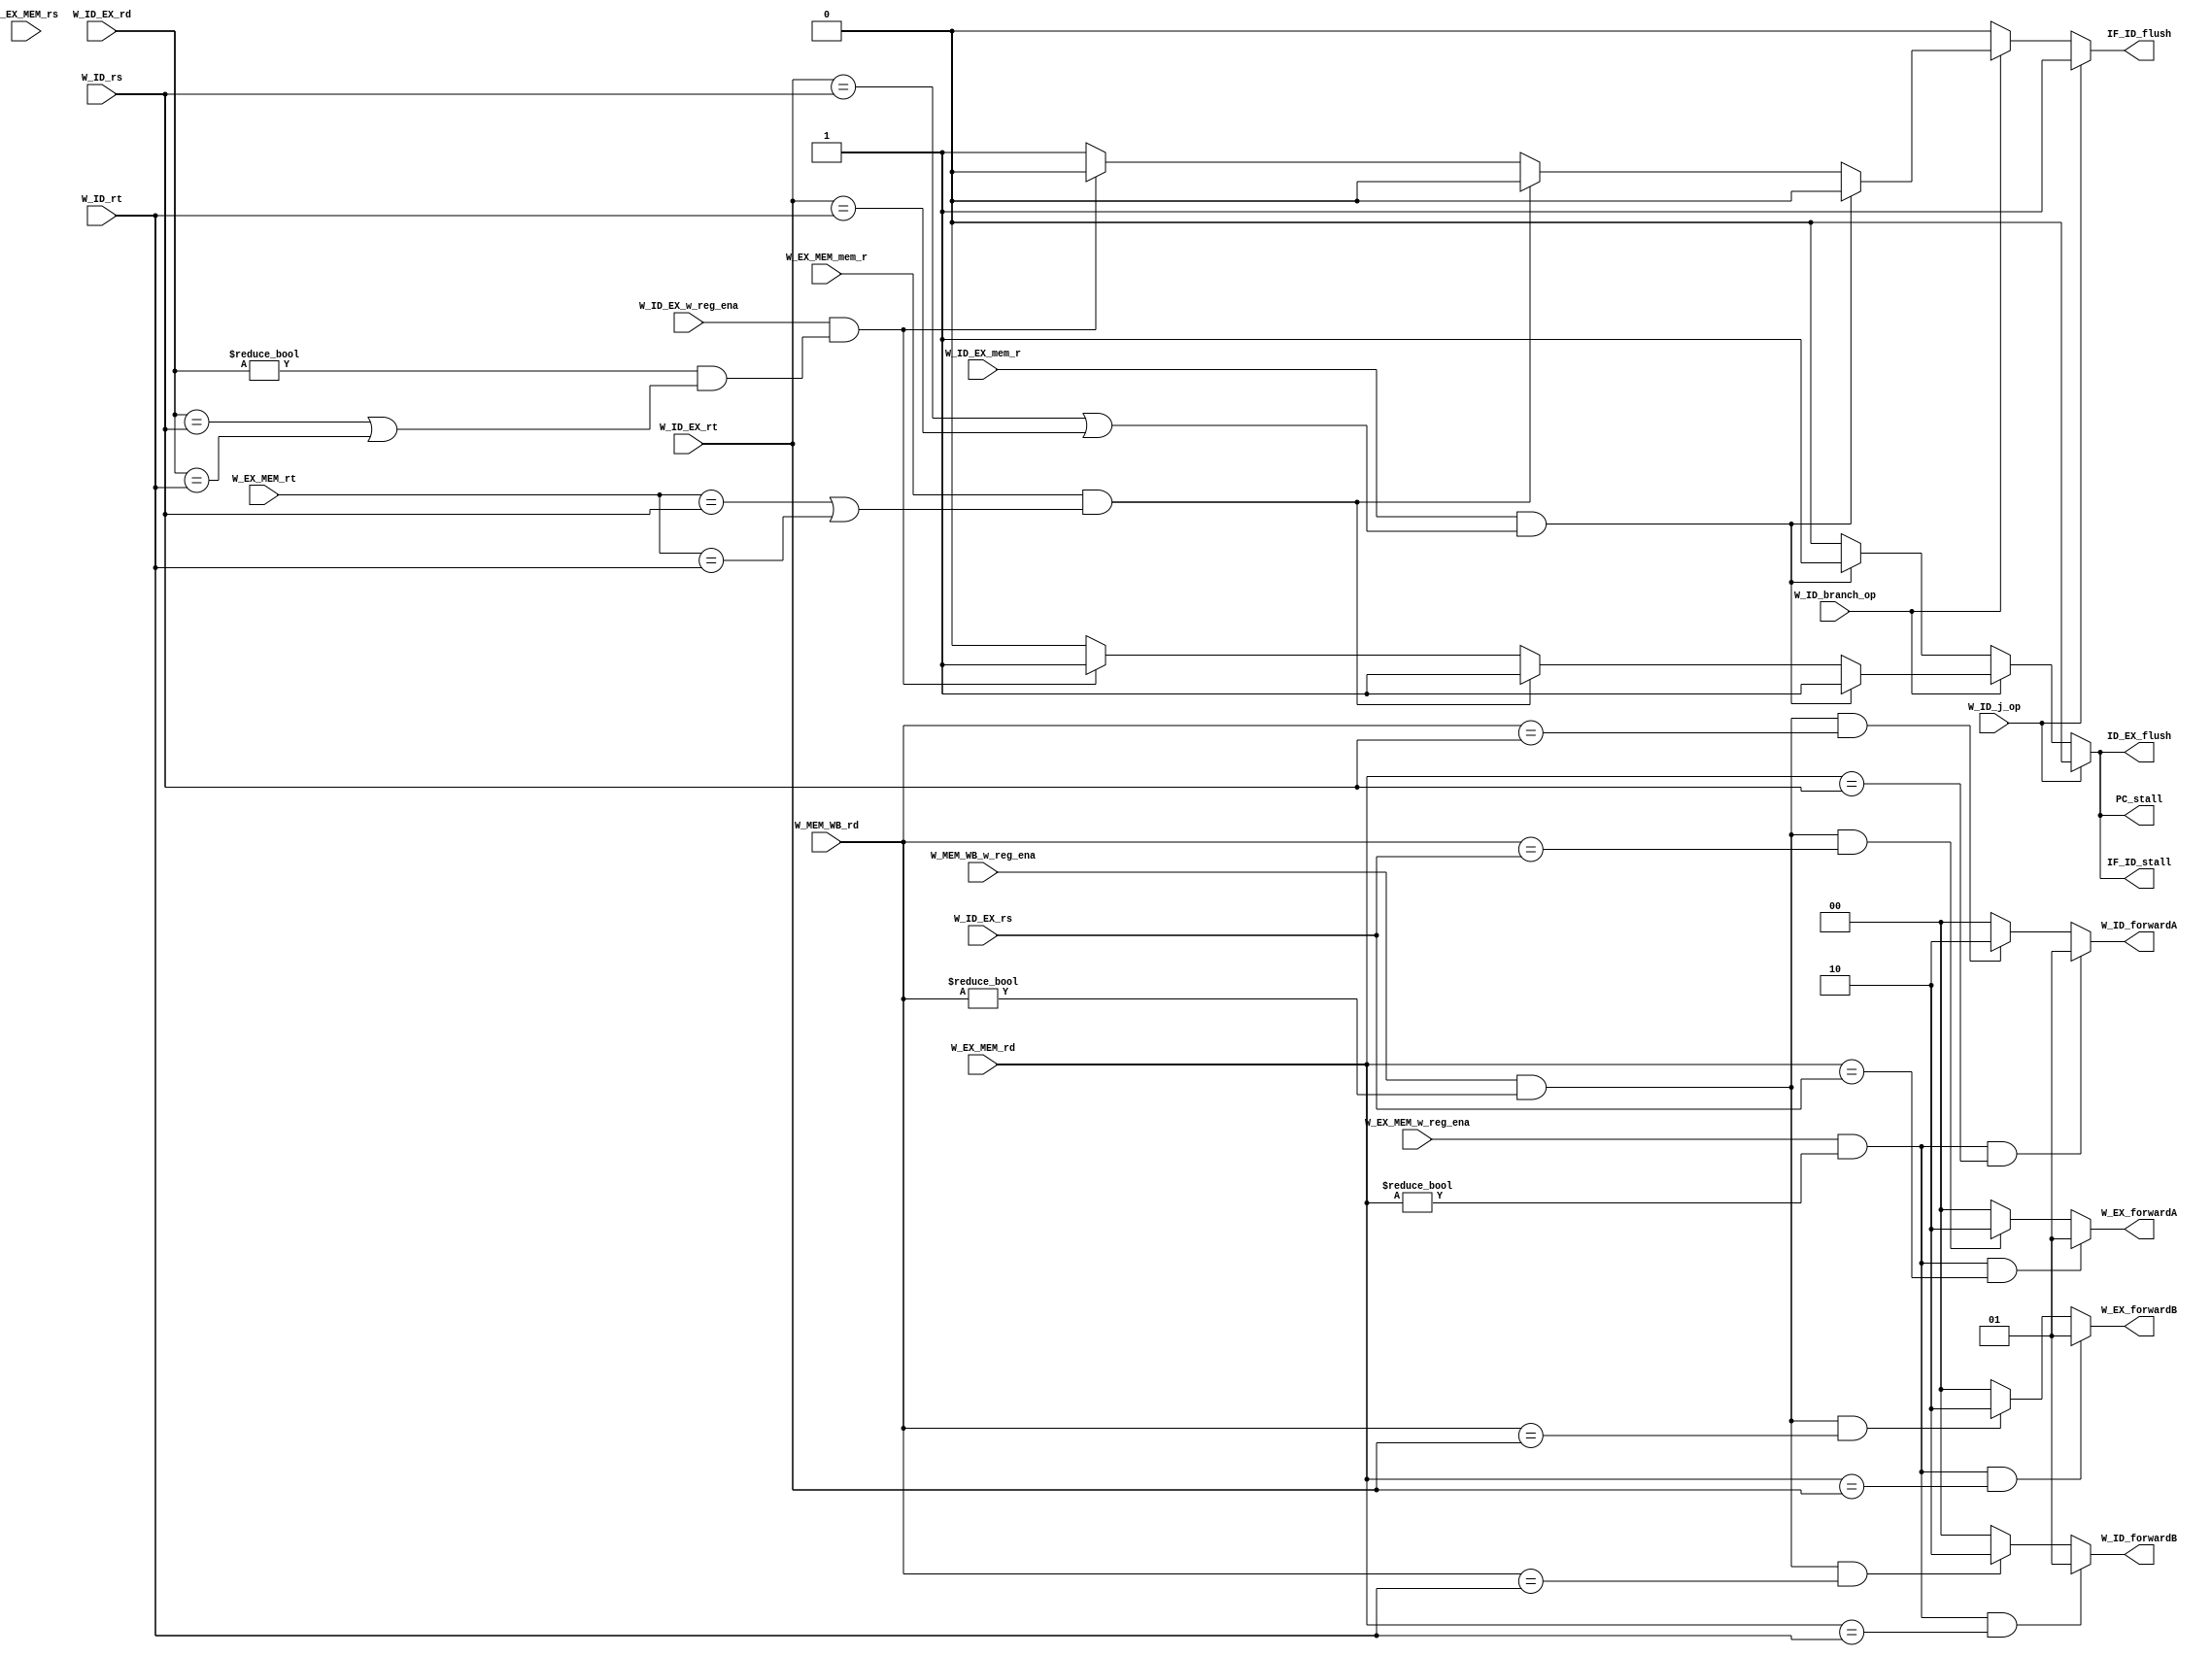
`timescale 1ns / 1ps
//////////////////////////////////////////////////////////////////////////////////
// Company: 
// Engineer: 
// 
// Design Name: 
// Module Name: Hazard
// Project Name: 
// Target Devices: 
// Tool Versions: 
// Description: 
// 
// Dependencies: 
// 
// Revision:
// Revision 0.01 - File Created
// Additional Comments:
// 
//////////////////////////////////////////////////////////////////////////////////


module Hazard(
    input   wire [4:0]  W_ID_rs,
    input   wire [4:0]  W_ID_rt,
    input   wire        W_ID_branch_op,
    input   wire        W_ID_j_op,
    input   wire        W_ID_EX_mem_r,
    input   wire        W_EX_MEM_mem_r,
    input   wire [4:0]  W_ID_EX_rt,
    input   wire [4:0]  W_ID_EX_rs,
    input   wire [4:0]  W_ID_EX_rd,
    input   wire [4:0]  W_EX_MEM_rt,
    input   wire [4:0]  W_EX_MEM_rs,
    input   wire        W_ID_EX_w_reg_ena,
    input   wire        W_EX_MEM_w_reg_ena,
    input   wire [4:0]  W_EX_MEM_rd,
    input   wire        W_MEM_WB_w_reg_ena,
    input   wire [4:0]  W_MEM_WB_rd,

    output  reg         PC_stall,
    output  reg         IF_ID_stall,
    output  reg         IF_ID_flush,
    // output wire ID_EX_stall,
    output  reg         ID_EX_flush,
    // output wire EX_MEM_stall,
    // output wire EX_MEM_flush,
    // output wire MEM_WB_stall,
    // output wire MEM_WB_flush,
    output  reg [1:0]   W_EX_forwardA,
    output  reg [1:0]   W_EX_forwardB,
    output  reg [1:0]   W_ID_forwardA,
    output  reg [1:0]   W_ID_forwardB
    );

    always @(*) begin
        W_EX_forwardA = 2'b00;
        if (W_EX_MEM_w_reg_ena && (W_EX_MEM_rd != 5'h00) && (W_EX_MEM_rd == W_ID_EX_rs)) begin
            W_EX_forwardA = 2'b01;
        end else if (W_MEM_WB_w_reg_ena && (W_MEM_WB_rd != 5'h00) && (W_MEM_WB_rd == W_ID_EX_rs)) begin
            W_EX_forwardA = 2'b10;
        end
    end

    always @(*) begin
        W_EX_forwardB = 2'b00;
        if (W_EX_MEM_w_reg_ena && (W_EX_MEM_rd != 5'h00) && (W_EX_MEM_rd == W_ID_EX_rt)) begin
            W_EX_forwardB =  2'b01;
        end else if (W_MEM_WB_w_reg_ena && (W_MEM_WB_rd != 5'h00) && (W_MEM_WB_rd == W_ID_EX_rt)) begin
            W_EX_forwardB = 2'b10;
        end
    end

    always @(*) begin
        W_ID_forwardA = 2'b00;
        if (W_EX_MEM_w_reg_ena && (W_EX_MEM_rd != 5'h00) && (W_EX_MEM_rd == W_ID_rs)) begin
            W_ID_forwardA = 2'b01;
        end else if (W_MEM_WB_w_reg_ena && (W_MEM_WB_rd != 5'h00) && (W_MEM_WB_rd == W_ID_rs)) begin
            W_ID_forwardA = 2'b10;
        end
    end

    always @(*) begin
        W_ID_forwardB = 2'b00;
        if (W_EX_MEM_w_reg_ena && (W_EX_MEM_rd != 5'h00) && (W_EX_MEM_rd == W_ID_rt)) begin
            W_ID_forwardB = 2'b01;
        end else if (W_MEM_WB_w_reg_ena && (W_MEM_WB_rd != 5'h00) && (W_MEM_WB_rd == W_ID_rt)) begin
            W_ID_forwardB = 2'b10;
        end
    end

    always @(*) begin
        if (W_ID_j_op) begin
            PC_stall    = 1'b0;
            IF_ID_stall = 1'b0;
            IF_ID_flush = 1'b1;
            ID_EX_flush = 1'b0;
        end else if (W_ID_branch_op) begin
            if (W_ID_EX_mem_r && ((W_ID_EX_rt == W_ID_rs) || (W_ID_EX_rt == W_ID_rt))) begin
                PC_stall    = 1'b1;
                IF_ID_stall = 1'b1;
                IF_ID_flush = 1'b0;
                ID_EX_flush = 1'b1;
            end else if (W_EX_MEM_mem_r && ((W_EX_MEM_rt == W_ID_rs) || (W_EX_MEM_rt == W_ID_rt))) begin
                PC_stall    = 1'b1;
                IF_ID_stall = 1'b1;
                IF_ID_flush = 1'b0;
                ID_EX_flush = 1'b1;
            end else if (W_ID_EX_w_reg_ena && ((W_ID_EX_rd != 5'h00) && ((W_ID_EX_rd == W_ID_rs) || (W_ID_EX_rd == W_ID_rt)))) begin
                PC_stall    = 1'b1;
                IF_ID_stall = 1'b1;
                IF_ID_flush = 1'b0;
                ID_EX_flush = 1'b1;
            end else begin
                PC_stall    = 1'b0;
                IF_ID_stall = 1'b0;
                IF_ID_flush = 1'b1;
                ID_EX_flush = 1'b0;
            end
        end else begin
            if (W_ID_EX_mem_r && ((W_ID_EX_rt == W_ID_rs) || (W_ID_EX_rt == W_ID_rt))) begin
                PC_stall    = 1'b1;
                IF_ID_stall = 1'b1;
                IF_ID_flush = 1'b0;
                ID_EX_flush = 1'b1;
            end else begin
                PC_stall    = 1'b0;
                IF_ID_stall = 1'b0;
                IF_ID_flush = 1'b0;
                ID_EX_flush = 1'b0;
            end
        end
    end

endmodule